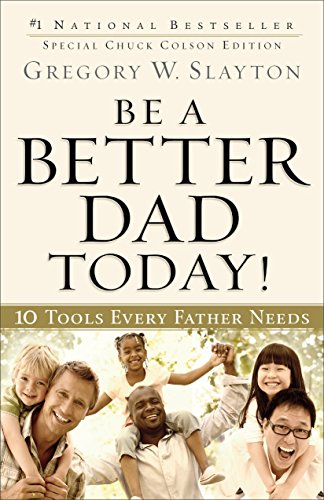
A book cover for Be a Better Dad Today!: 10 Tools Every Father Needs; Gregory W. Slayton; Parenting & Relationships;